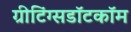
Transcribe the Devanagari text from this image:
ग्रीटिंग्सडॉटकॉम